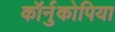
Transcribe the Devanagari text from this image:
कॉर्नुकोपिया